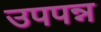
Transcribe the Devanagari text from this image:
उपपन्न